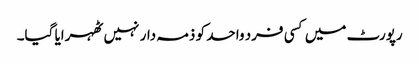
رپورٹ میں کسی فرد واحد کو ذمہ دار نہیں ٹھہرایا گیا۔